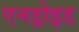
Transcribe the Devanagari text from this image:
एनड्रोइड